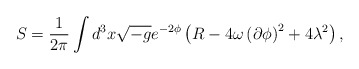
\begin{align*}S=\frac{1}{2\pi} \int d^3x \sqrt{-g} e^{-2\phi} \left( R - 4 \omega \left( \partial \phi \right)^2 + 4 \lambda^2 \right), \end{align*}